Report on vaccination proceedings throughout the Government of Bengal -
Year: 1868
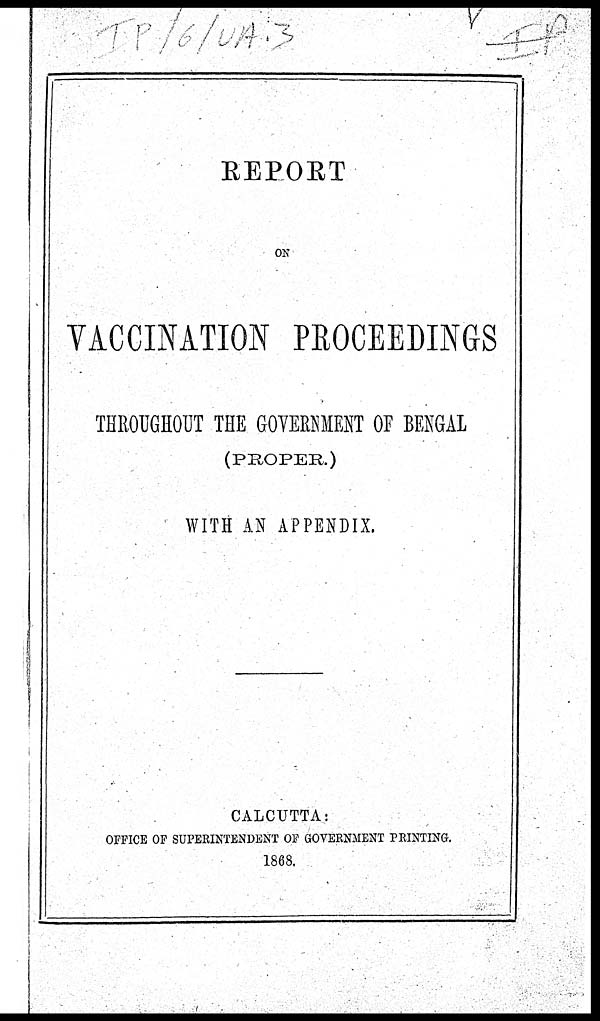
REPORT
ON
VACCINATION PROCEEDINGS
THROUGHOUT THE GOVERNMENT OF BENGAL
(PROPER.)
WITH AN APPENDIX.
CALCUTTA:
OFFICE OF SUPERINTENDENT OF GOVERNMENT PRINTING.
1868.